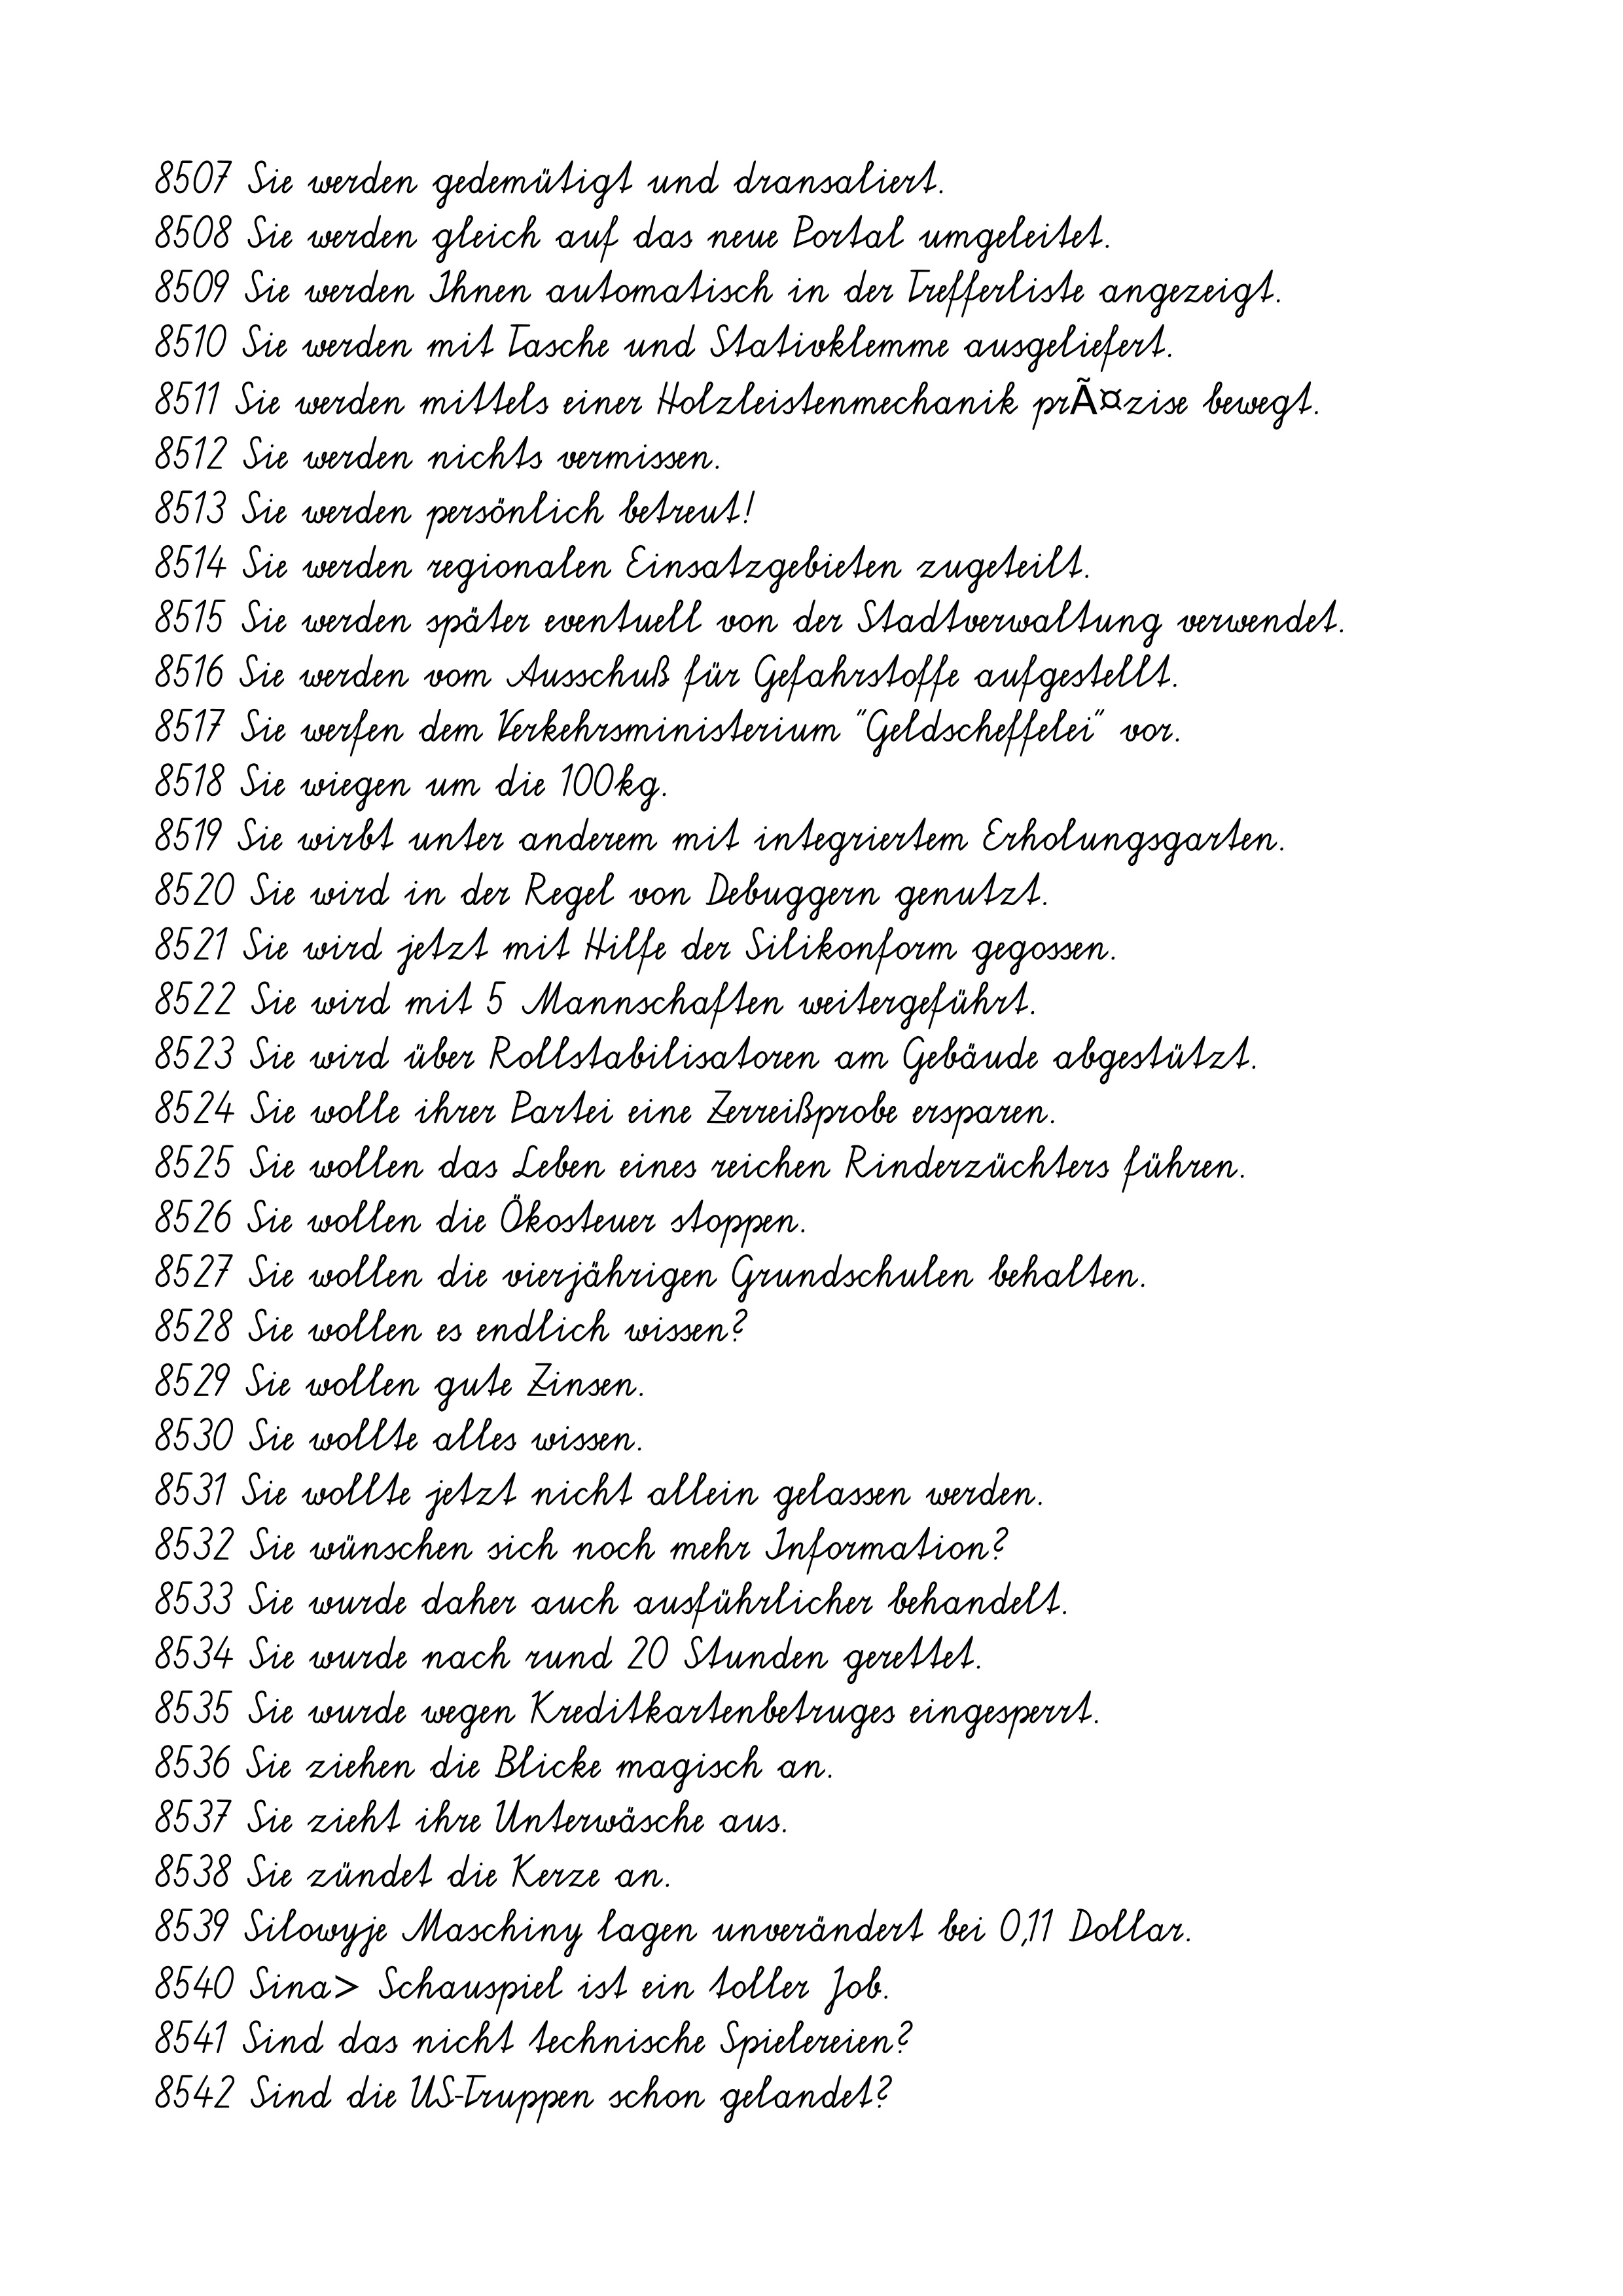
8507 Sie werden gedemütigt und dransaliert.
8508 Sie werden gleich auf das neue Portal umgeleitet.
8509 Sie werden Ihnen automatisch in der Trefferliste angezeigt.
8510 Sie werden mit Tasche und Stativklemme ausgeliefert.
8511 Sie werden mittels einer Holzleistenmechanik prÃ¤zise bewegt.
8512 Sie werden nichts vermissen.
8513 Sie werden persönlich betreut!
8514 Sie werden regionalen Einsatzgebieten zugeteilt.
8515 Sie werden später eventuell von der Stadtverwaltung verwendet.
8516 Sie werden vom Ausschuß für Gefahrstoffe aufgestellt.
8517 Sie werfen dem Verkehrsministerium "Geldscheffelei" vor.
8518 Sie wiegen um die 100kg.
8519 Sie wirbt unter anderem mit integriertem Erholungsgarten.
8520 Sie wird in der Regel von Debuggern genutzt.
8521 Sie wird jetzt mit Hilfe der Silikonform gegossen.
8522 Sie wird mit 5 Mannschaften weitergeführt.
8523 Sie wird über Rollstabilisatoren am Gebäude abgestützt.
8524 Sie wolle ihrer Partei eine Zerreißprobe ersparen.
8525 Sie wollen das Leben eines reichen Rinderzüchters führen.
8526 Sie wollen die Ökosteuer stoppen.
8527 Sie wollen die vierjährigen Grundschulen behalten.
8528 Sie wollen es endlich wissen?
8529 Sie wollen gute Zinsen.
8530 Sie wollte alles wissen.
8531 Sie wollte jetzt nicht allein gelassen werden.
8532 Sie wünschen sich noch mehr Information?
8533 Sie wurde daher auch ausführlicher behandelt.
8534 Sie wurde nach rund 20 Stunden gerettet.
8535 Sie wurde wegen Kreditkartenbetruges eingesperrt.
8536 Sie ziehen die Blicke magisch an.
8537 Sie zieht ihre Unterwäsche aus.
8538 Sie zündet die Kerze an.
8539 Silowyje Maschiny lagen unverändert bei 0,11 Dollar.
8540 Sina> Schauspiel ist ein toller Job.
8541 Sind das nicht technische Spielereien?
8542 Sind die US-Truppen schon gelandet?